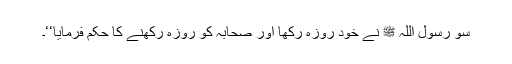
سو رسول اللہ ﷺ نے خود روزہ رکھا اور صحابہؓ کو روزہ رکھنے کا حکم فرمایا‘‘۔